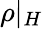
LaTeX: \rho|_{H}